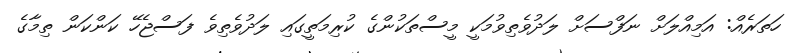
ހަތަރެއް: އަމިއްލަށް ނަފްސަށް ލަދުވެތިވުމަކީ މީސްތަކުންގެ ކުރިމަތީގައި ލަދުވެތިވެ ފަސްޖެހޭ ކަންކަން ތިމާގެ